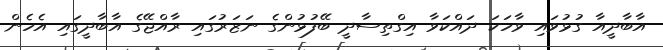
އާބާދީއާ ގުޅުވައި ވާހަކަ ދައްކަވާ އިގްތިސާދީ ބޭފުޅުންގެ ނަޒަރުގައި ރާއްޖޭގެ އާބާދީގައި އެހެން